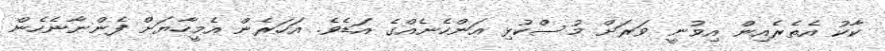
ކާކު އެތެރެއިން އިވުނީ ވަރަށް މުސްކުޅި އަންހެނެއްގެ އަޑެވެ. އަހަރެން އެމީހާޔަށް ފެންނާނެހެން